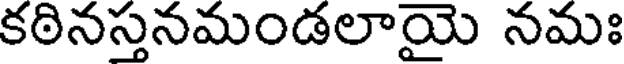
కఠినస్తనమండలాయై నమః